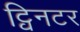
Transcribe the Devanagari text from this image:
ट्विनटर